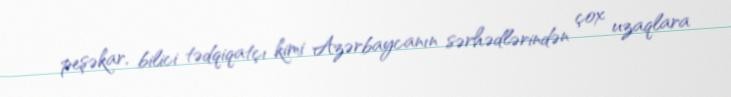
peşəkar, bilici tədqiqatçı kimi Azərbaycanın sərhədlərindən çox uzaqlara